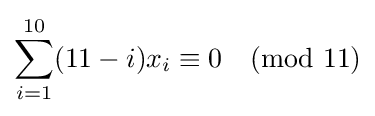
\sum _{i=1}^{10}(11-i)x_{i}\equiv 0{\pmod {11}}